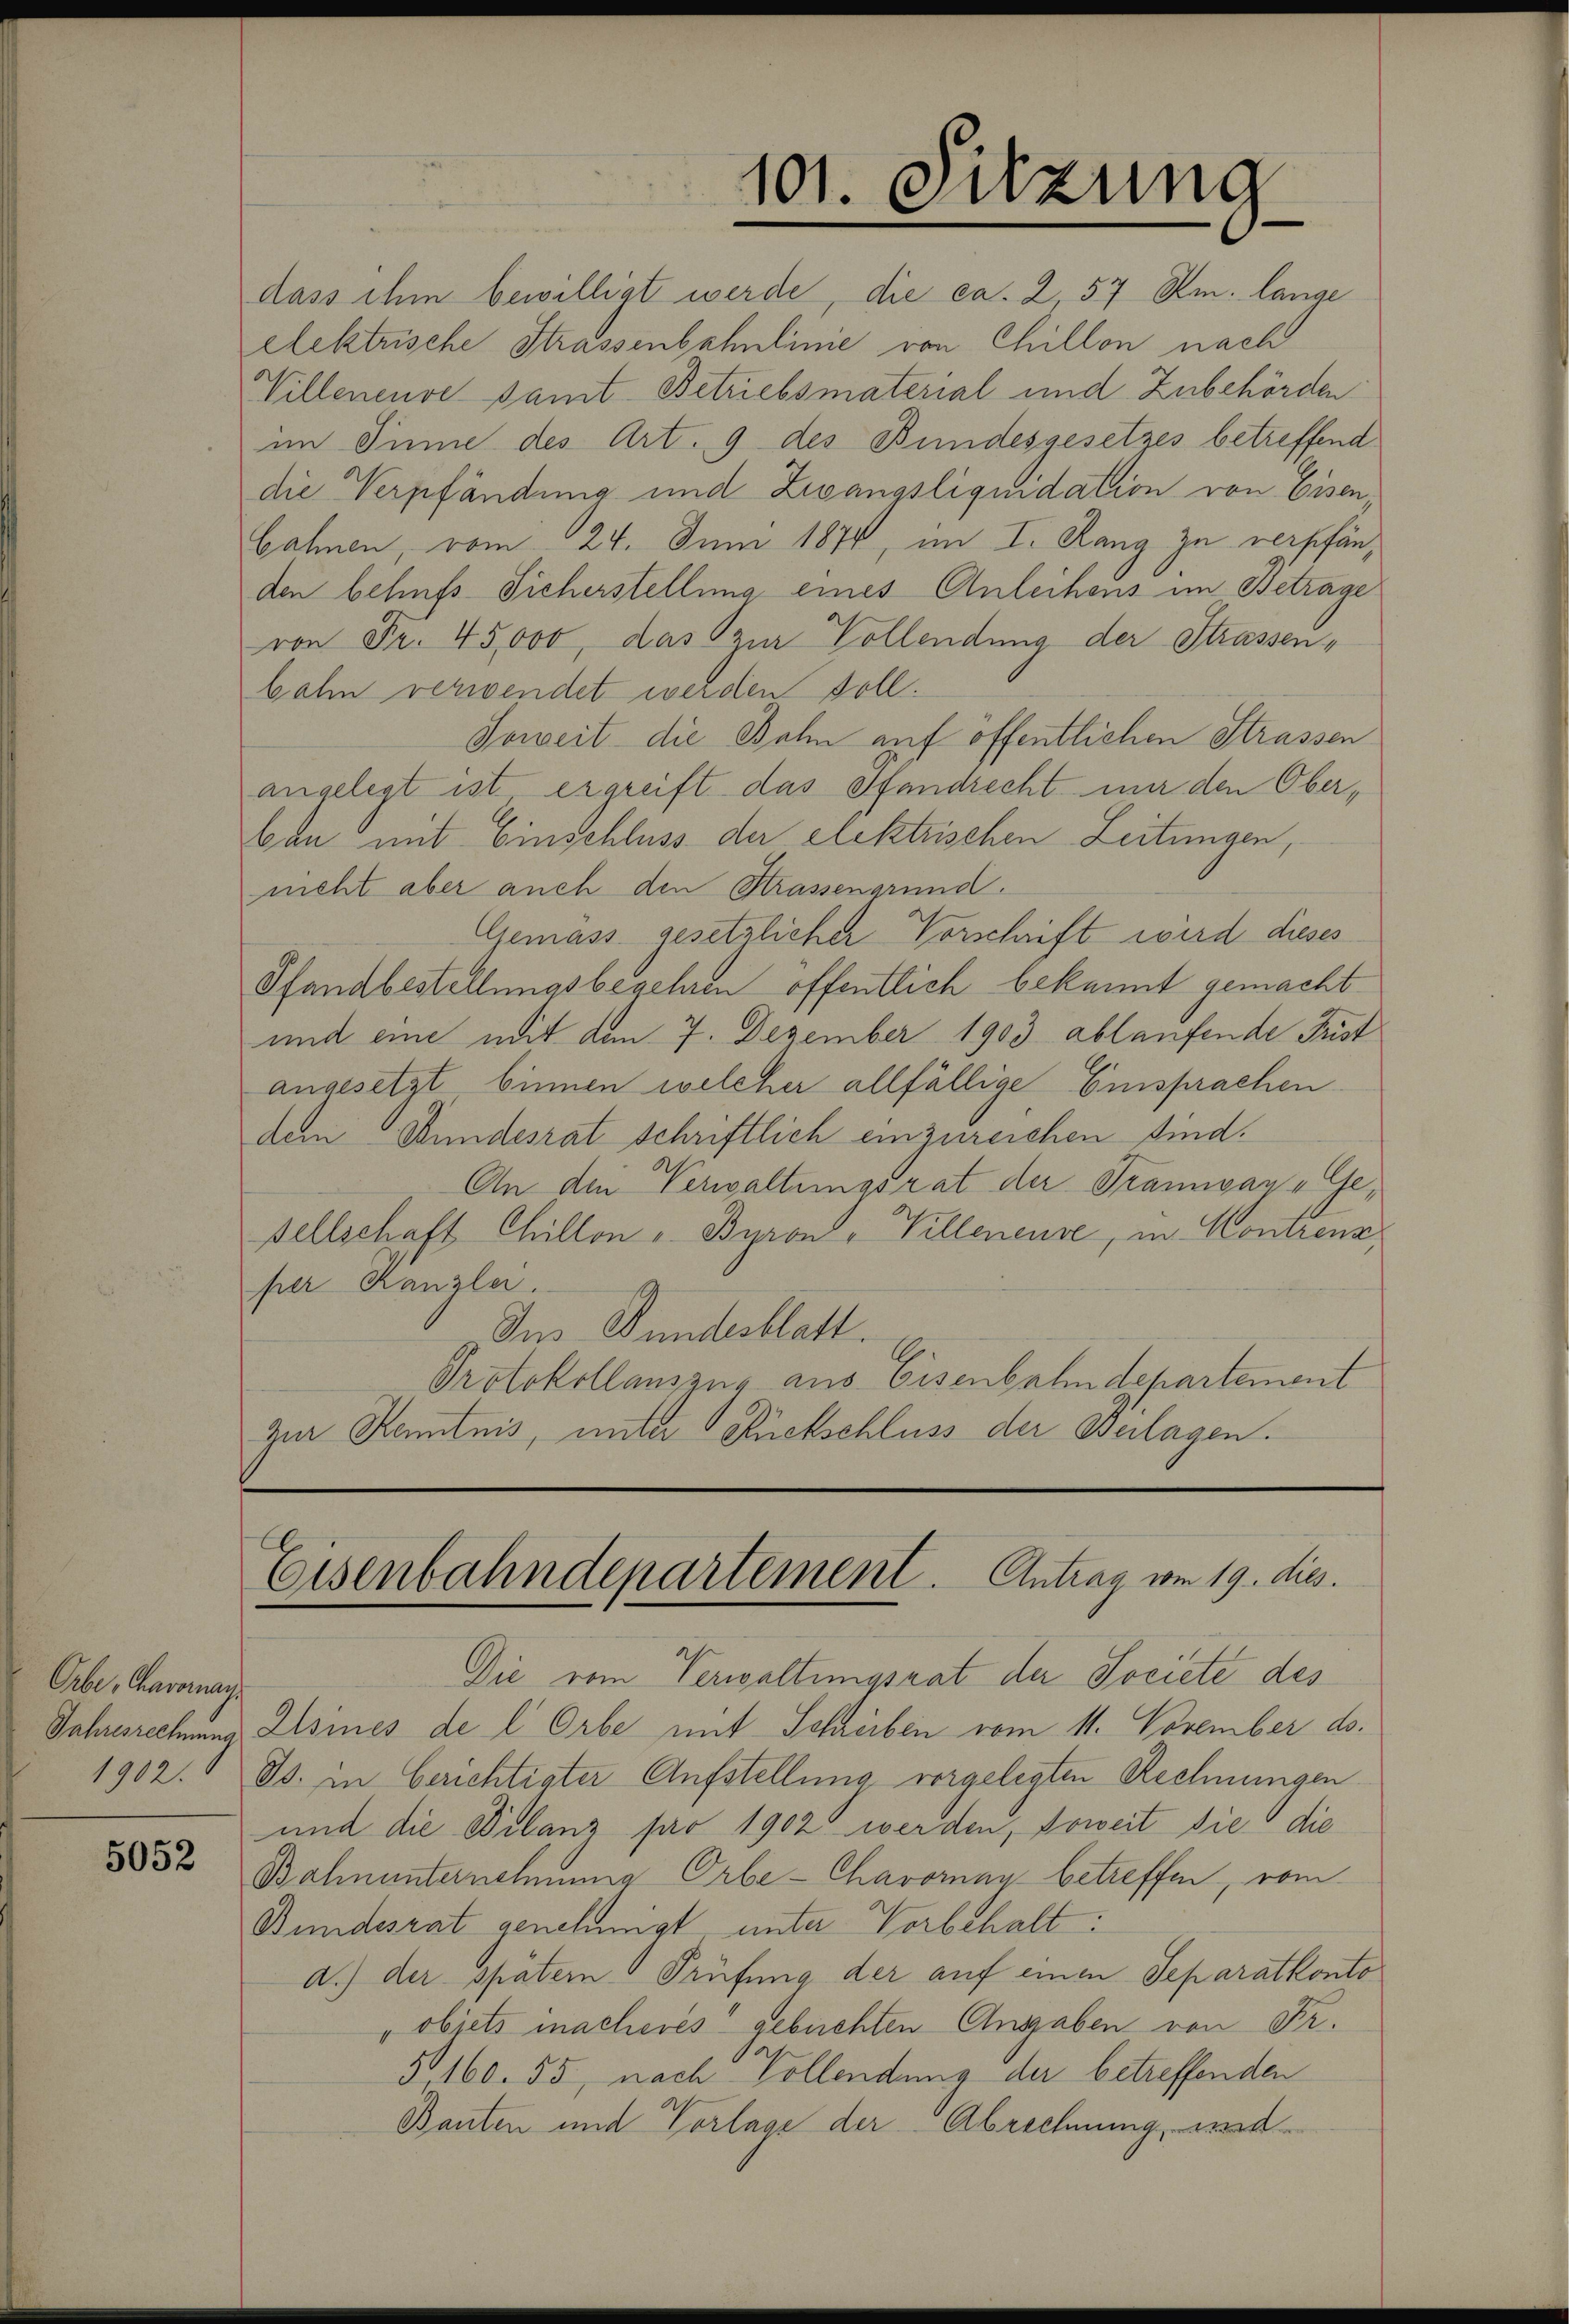
Orbe, Baroman

5052

dass ihm bewilligt werde, die ca. 2, 57 Rm. lange
elektrische Strassenbahnlinie von Chillon nach
Willeneuve samt Betriebsmaterial und Zubehörden
im Sinne des Art. 9 des Bundesgesetzes betreffend
die Verpfändung und Zwangsliquidation von Eisen
Cahnen, vom 24. Juni 1874, im I. Rang zu verpfänden behufs Sicherstellung eines Anleihens im Betrage
von Fr. 45,000, das zur Vollendung der Strassenbahn verwendet werden soll.
Soweit die Bahn auf öffentlichen Strassen
angelegt ist ergreift das Pfandrecht nur den Oberban mit Einschluss der elektrischen Leitungen,
neht aber auch den Strassengrund.
Gemäss gesetzlicher Vorschrift wird dieses
Pfandbestellungsbegehren öffentlich bekannt gemacht
und eine mit dem 7. Dezember 1903 ablaufende Frist
angesetzt binnen welcher allfällige Einsprachen
dem Stundesrat schriftlich einzureichen sind.
An den Verwaltungsrat der Tramway-Gesellschaft Chillon " Byron, Villeneure, in Kontrenz,
per Kanzlei.
Ins Bundesblatt.
Protokollauszug aus Eisenbahndepartement
Zur Kenntnis, unter Rückschluss der Beilagen.

101. Sitzung

Eisenbahndepartement. Antrag von 19. dies

Die vom Verwaltungsrat der Societe des
Jahresrechnung sines de l Orbe mit Schreiben vom 11. November ds.
1902. ds. in Gerichtigter Aufstellung vorgelegten Rechnungen
und die Bilanz far 1902 werden, soweit die die
Bahnunternehmung Orbe-Chavornay betreffen, vom
Bundesrat genehmigt unter Vorbehalt:
d.) der später Prüfung der auf einen Separatkonto
"objets inacheres gebüchten Angaben von Fr.
5160. 55, nach Vollendung der betreffenden
Bauten und Vorlage der Abrechnung, und